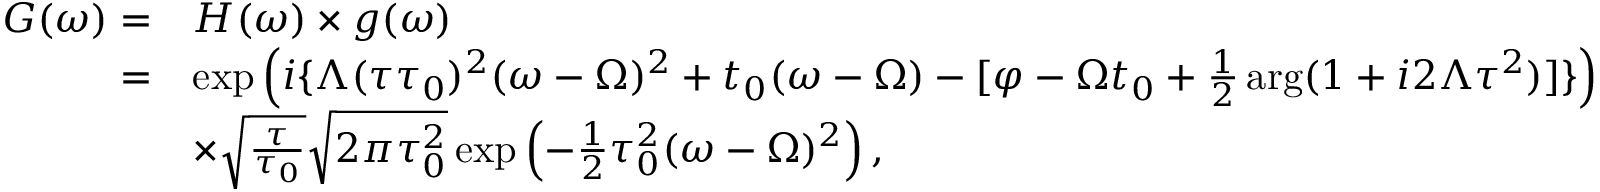
\begin{array} { r l } { G ( \omega ) = } & { H ( \omega ) \times g ( \omega ) } \\ { = } & { \exp \left( i \{ \Lambda ( \tau \tau _ { 0 } ) ^ { 2 } ( \omega - \Omega ) ^ { 2 } + t _ { 0 } ( \omega - \Omega ) - [ \varphi - \Omega t _ { 0 } + \frac { 1 } { 2 } \arg ( 1 + i 2 \Lambda \tau ^ { 2 } ) ] \} \right) } \\ & { \times \sqrt { \frac { \tau } { \tau _ { 0 } } } \sqrt { 2 \pi \tau _ { 0 } ^ { 2 } } \exp \left( - \frac { 1 } { 2 } \tau _ { 0 } ^ { 2 } ( \omega - \Omega ) ^ { 2 } \right) , } \end{array}